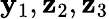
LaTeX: {\mathbf y}_{1},{\mathbf z}_{2},{\mathbf z}_{3}